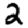
Digit: 2